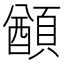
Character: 𩔕